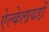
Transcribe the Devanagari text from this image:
ऐल्केलायडों